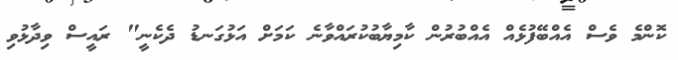
ކޮންމެ ވެސް އެއްބޭފުޅެއް އެއްބުރުން ކާމިޔާބުކުރައްވާނެ ކަމަށް އަޅުގަނޑު ދެކެނީ" ރައީސް ވިދާޅުވި